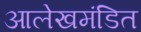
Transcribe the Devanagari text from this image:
आलेखमंडित